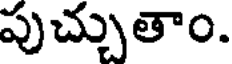
పుచ్చుతాం.